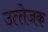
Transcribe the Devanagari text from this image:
उत्‍तेजक